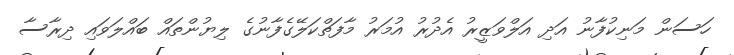
ހަސަން މަނިކުފާނު އަދި އަލްވަޒީރު އެދުރު އުމަރު މާފަތްކަލޭގެފާނުގެ ލިޔުންތައް ބައްލަވައި ދިރާސާ